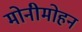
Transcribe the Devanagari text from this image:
मोनीमोहन